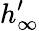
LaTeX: h_{\infty}^{\prime}